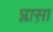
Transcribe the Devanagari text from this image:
प्लास़ा